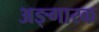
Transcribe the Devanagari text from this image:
अङ्गारक